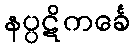
နပ္ပဋိကင်္ခေ